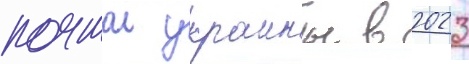
почтои украины в 2023